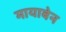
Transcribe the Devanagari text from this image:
मायाबेन